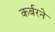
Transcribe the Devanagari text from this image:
कर्बरने